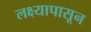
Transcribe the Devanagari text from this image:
लक्ष्यापासून